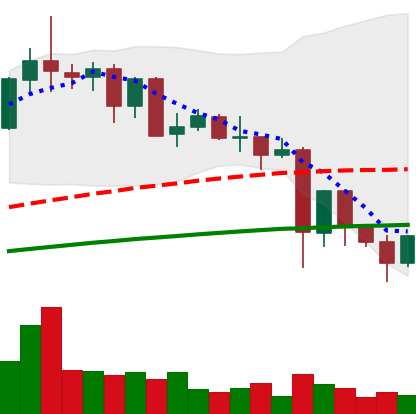
Ticker: NEO-USD
Chart end date: 2021-05-24
Forward return: -7.069%
Label: down_7plus